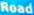
Road